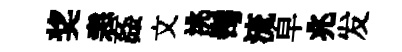
奖恚姦文洮髩流皁兆发